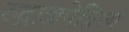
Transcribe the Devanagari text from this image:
रुद्राञ्जपेन्नित्यं